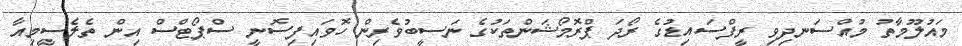
މައުލޫމާތު މުއްސަނދިވި ރީފްސައިޑުގެ ރޯދަ ޕްރޮމޯޝަންތަކުގެ ނަސީބުވެރިން ހޮވައިފިސޮނީ ސްޕޯޓްސް އިން ތެލެސީމިއާ